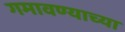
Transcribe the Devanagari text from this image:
गमावण्याच्या